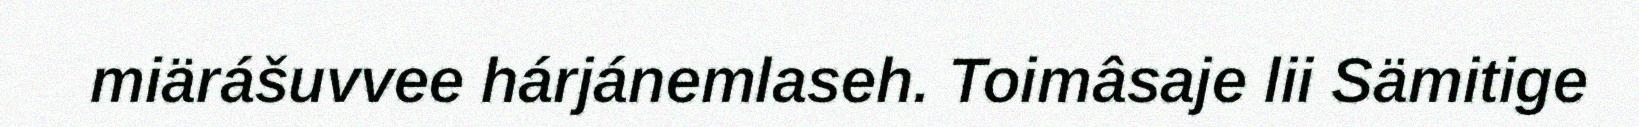
miärášuvvee hárjánemlaseh. Toimâsaje lii Sämitige